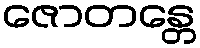
ဇောတန္တေ